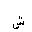
Letter: _shin